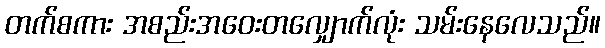
တက်စကား အစည်းအဝေးတလျှောက်လုံး သမ်းနေလေသည်။